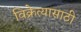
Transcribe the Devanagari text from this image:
विक्रेत्यासाठी